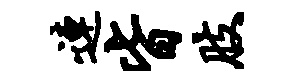
连皆肢